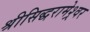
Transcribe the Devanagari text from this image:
श्रीसिद्धरामेश्र्वर